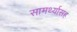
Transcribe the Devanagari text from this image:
सामर्थ्यासह